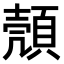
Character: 𫖡